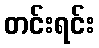
တင်းရင်း